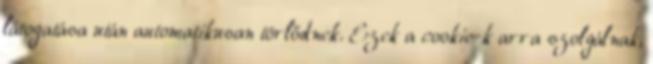
látogatása után automatikusan törlődnek. Ezek a cookie-k arra szolgálnak,